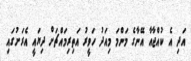
އަދި އެ ކުއްޖާއާ އޭނާގެ މަންމަ މިއަދު ހަވީރު އަތިރިމައްޗަށް ދިޔައީ އެރަށުގައި